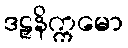
ဒဠှနိက္ကမော